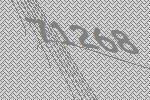
71268